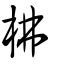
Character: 柫